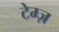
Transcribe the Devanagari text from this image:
टेम्ज़